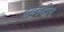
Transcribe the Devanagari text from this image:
बहरुद्दीन